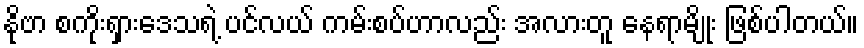
နိုဗာ စကိုးရှားဒေသရဲ့ ပင်လယ် ကမ်းစပ်ဟာလည်း အလားတူ နေရာမျိုး ဖြစ်ပါတယ်။